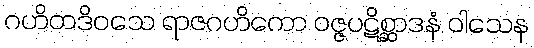
ဂဟိတဒိဝသေ ရာဇဂဟိကော ဝဇ္ဇပဋိစ္ဆာဒနံ ဝါသေန